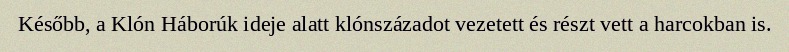
Később, a Klón Háborúk ideje alatt klónszázadot vezetett és részt vett a harcokban is.